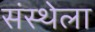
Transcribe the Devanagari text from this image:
संस्‍थ्‍ोला